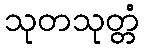
သုတသုတ္တံ